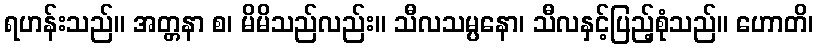
ရဟန်းသည်။ အတ္တနာ စ၊ မိမိသည်လည်း။ သီလသမ္ပနော၊ သီလနှင့်ပြည့်စုံသည်။ ဟောတိ၊